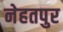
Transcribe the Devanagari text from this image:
नेहतपुर